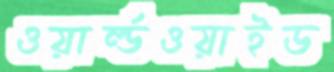
ওয়ার্ল্ডওয়াইড